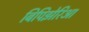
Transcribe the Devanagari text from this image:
बिपिझेरिआ